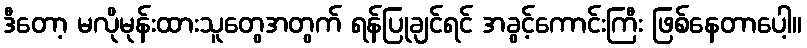
ဒီတော့ မလိုမုန်းထားသူတွေအတွက် ရန်ပြုချင်ရင် အခွင့်ကောင်းကြီး ဖြစ်နေတာပေါ့။